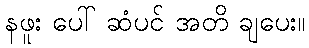
နဖူး ပေါ် ဆံပင် အတိ ချပေး။